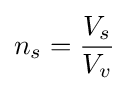
n_{s}={\frac {V_{s}}{V_{v}}}